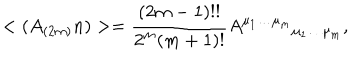
< ( A _ { ( 2 m ) } n ) > = \frac { ( 2 m - 1 ) ! ! } { 2 ^ { m } ( m + 1 ) ! } A ^ { \mu _ { 1 } \ldots \mu _ { m } } { } _ { \mu _ { 1 } \ldots \mu _ { m } } ,